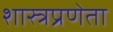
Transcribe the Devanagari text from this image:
शास्त्रप्रणेता